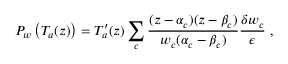
P _ { w } \left( T _ { a } ( z ) \right) = T _ { a } ^ { \prime } ( z ) \sum _ { c } \frac { ( z - \alpha _ { c } ) ( z - \beta _ { c } ) } { w _ { c } ( \alpha _ { c } - \beta _ { c } ) } \frac { \delta w _ { c } } { \epsilon } \ ,